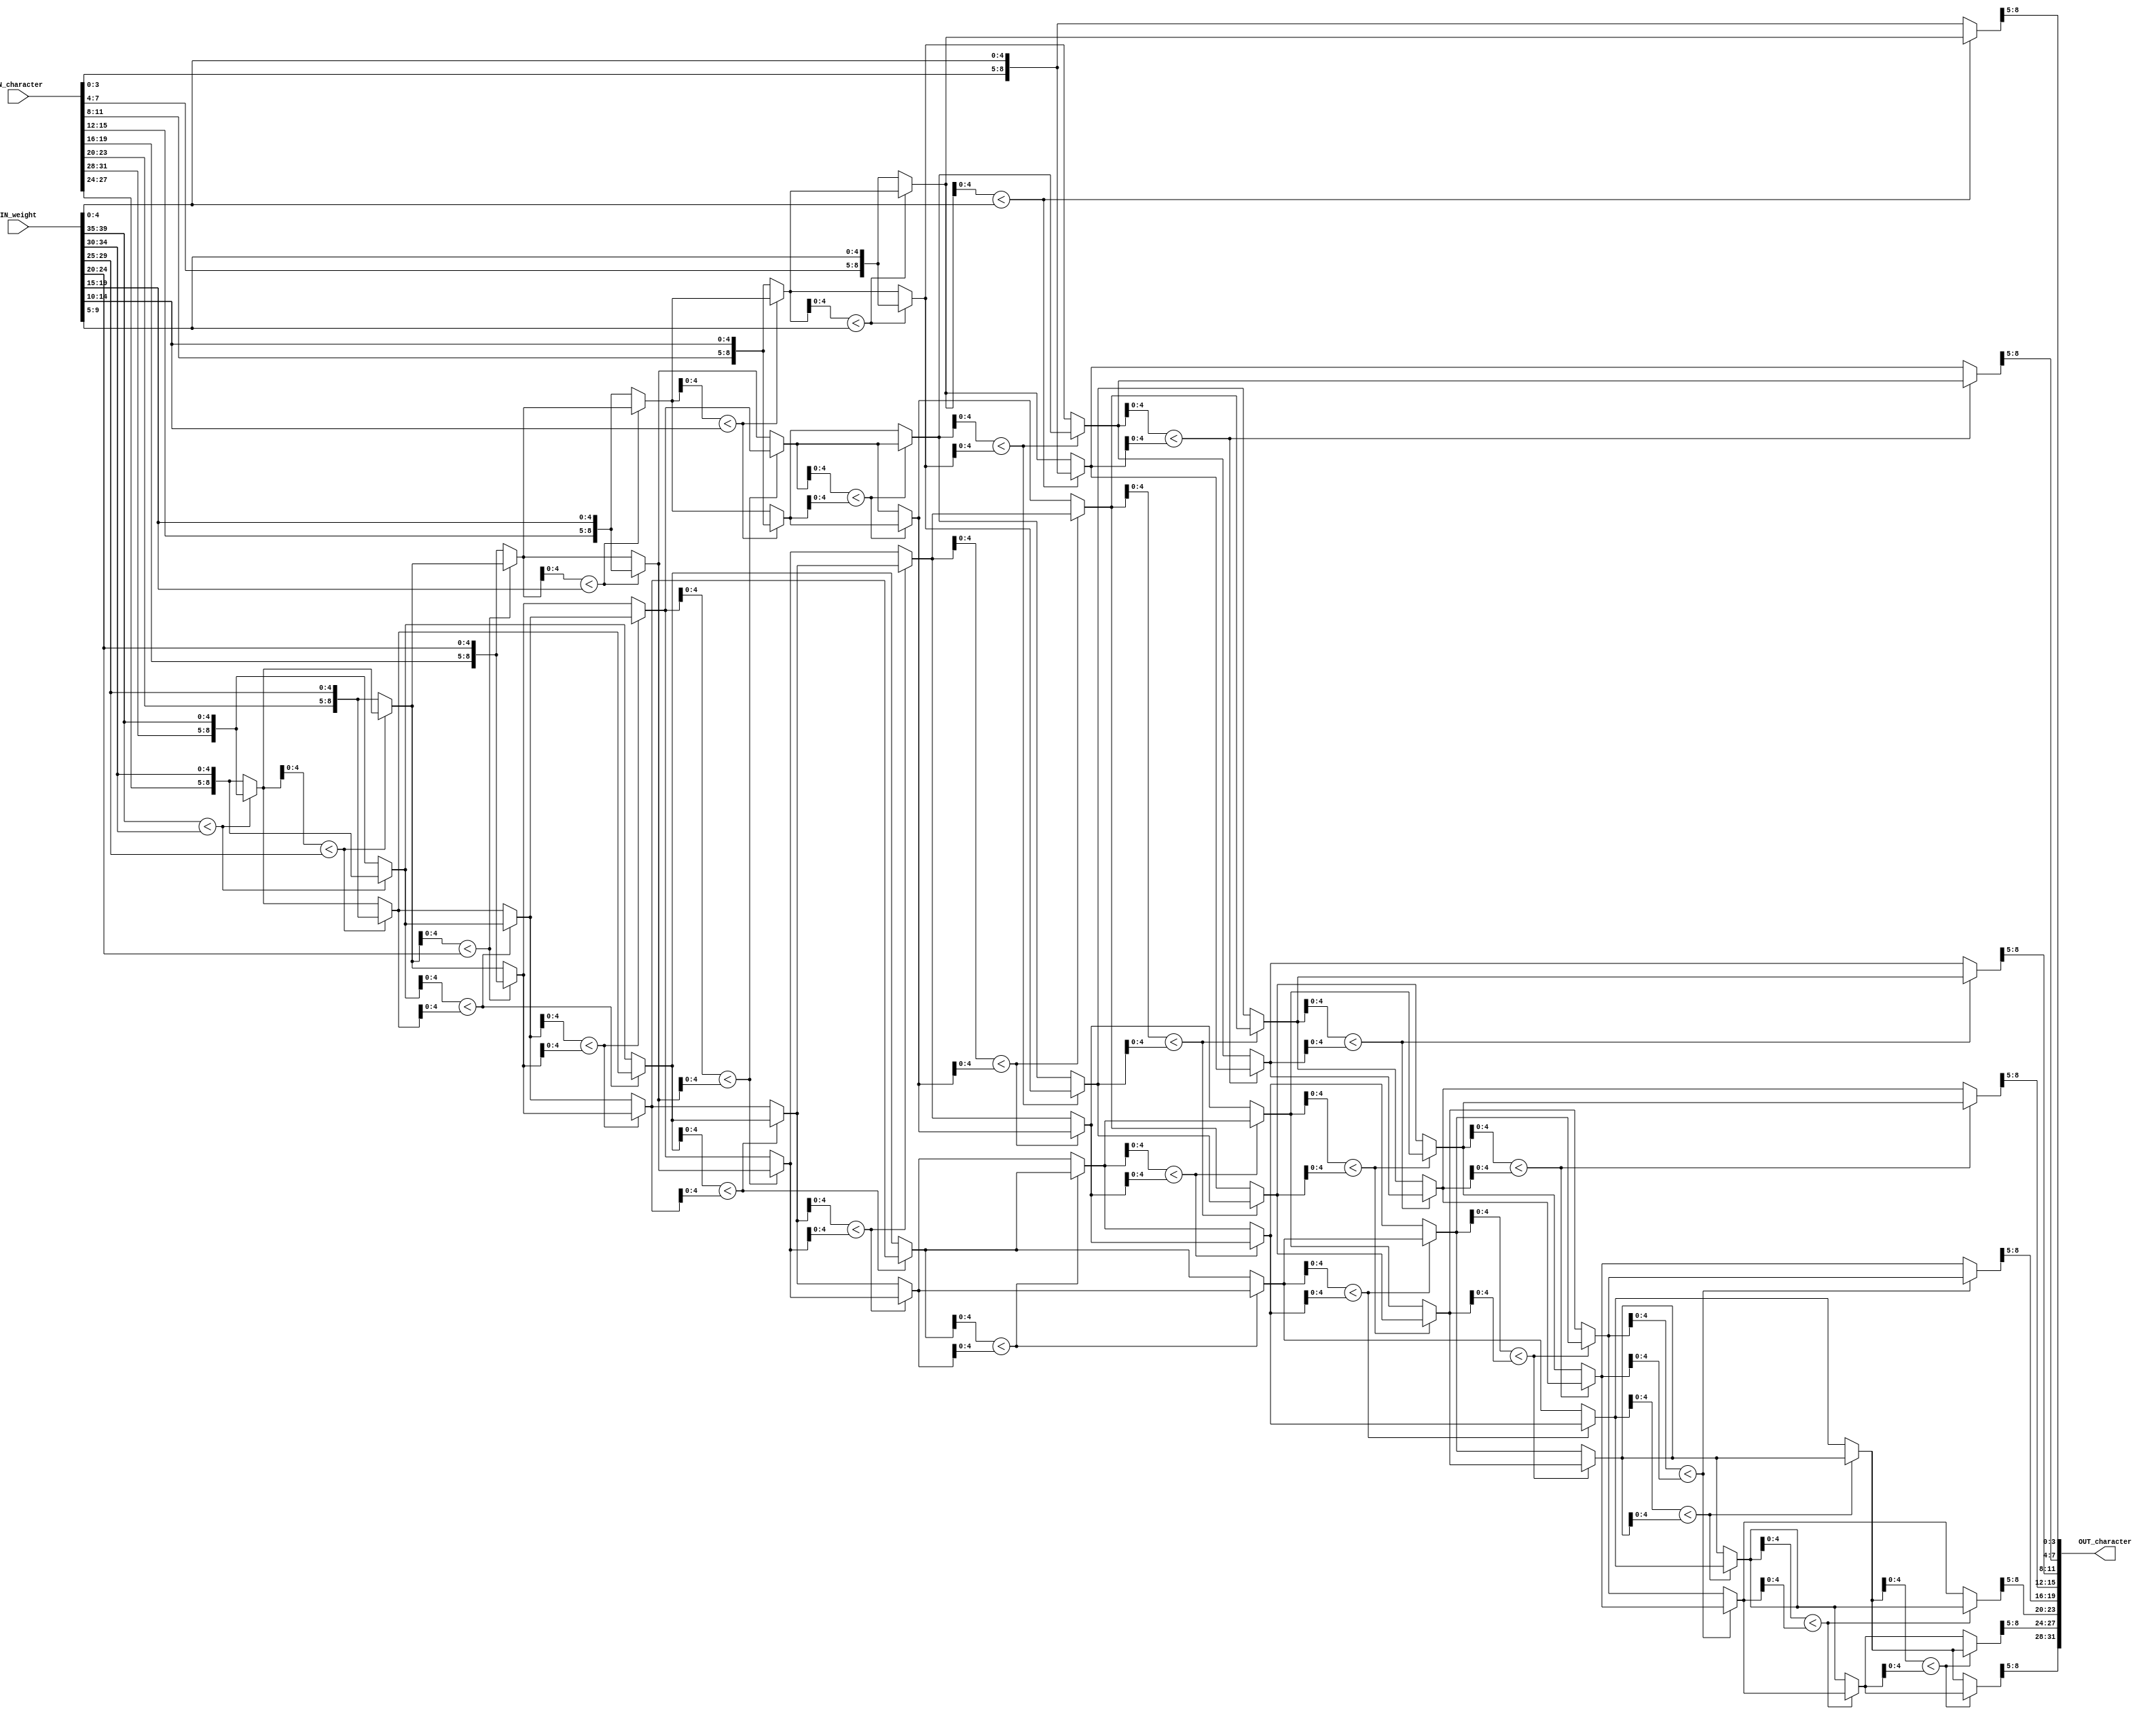
//############################################################################
//++++++++++++++++++++++++++++++++++++++++++++++++++++++++++++++++++++++++++++
//    (C) Copyright System Integration and Silicon Implementation Laboratory
//    All Right Reserved
//		Version		: v1.0
//   	Module Name : SORT_IP
//++++++++++++++++++++++++++++++++++++++++++++++++++++++++++++++++++++++++++++
//############################################################################
module SORT_IP #(parameter IP_WIDTH = 8) (
    // Input signals
    IN_character, IN_weight,
    // Output signals
    OUT_character
);

// ===============================================================
// Input & Output
// ===============================================================
input [IP_WIDTH*4-1:0]  IN_character;
input [IP_WIDTH*5-1:0]  IN_weight;

output reg [IP_WIDTH*4-1:0] OUT_character;

reg [8:0] ch_wei [0:7];

//integer i,j,k;
// ===============================================================
// Design
// ===============================================================
integer i,j,k;
generate
    always @(*) begin
        for (k = IP_WIDTH - 1;k >= 0;k = k - 1 ) begin 
                ch_wei[IP_WIDTH - 1 - k] = {IN_character[4*k+:4],IN_weight[5*k+:5]};
        end

        for (i = 0 ; i < IP_WIDTH - 1 ; i = i + 1 ) begin 
            for (j = i ; j >= 0 ; j = j - 1 ) begin 
                if (ch_wei[j][4:0] < ch_wei[j+1][4:0]) begin
                    {ch_wei[j],ch_wei[j+1]} = {ch_wei[j+1],ch_wei[j]};
                end
                // else if (ch_wei[j][4:0] == ch_wei[j+1][4:0])begin
                //     if (ch_wei[j][8:5] < ch_wei[j+1][8:5]) begin
                //         {ch_wei[j],ch_wei[j+1]} = {ch_wei[j+1],ch_wei[j]};
                //     end
                // end
            end
        end
    end
endgenerate

always @(*) begin
    case (IP_WIDTH)
        3: OUT_character = {ch_wei[0][8:5],ch_wei[1][8:5],ch_wei[2][8:5]};
        4: OUT_character = {ch_wei[0][8:5],ch_wei[1][8:5],ch_wei[2][8:5],ch_wei[3][8:5]};
        5: OUT_character = {ch_wei[0][8:5],ch_wei[1][8:5],ch_wei[2][8:5],ch_wei[3][8:5],ch_wei[4][8:5]};
        6: OUT_character = {ch_wei[0][8:5],ch_wei[1][8:5],ch_wei[2][8:5],ch_wei[3][8:5],ch_wei[4][8:5],ch_wei[5][8:5]};
        7: OUT_character = {ch_wei[0][8:5],ch_wei[1][8:5],ch_wei[2][8:5],ch_wei[3][8:5],ch_wei[4][8:5],ch_wei[5][8:5],ch_wei[6][8:5]};
        8: OUT_character = {ch_wei[0][8:5],ch_wei[1][8:5],ch_wei[2][8:5],ch_wei[3][8:5],ch_wei[4][8:5],ch_wei[5][8:5],ch_wei[6][8:5],ch_wei[7][8:5]};
        default: OUT_character = 'b0;
    endcase
end





endmodule